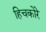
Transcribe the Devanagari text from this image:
हिचकोरे